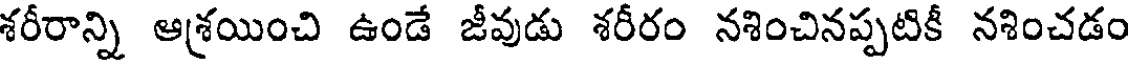
శరీరాన్ని ఆశ్రయించి ఉండే జీవుడు శరీరం నశించినప్పటికీ నశించడం